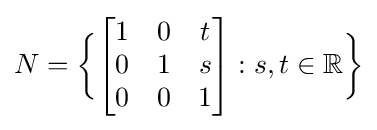
N={\bigg \{}{\begin{bmatrix}1&0&t\\0&1&s\\0&0&1\end{bmatrix}}:s,t\in \mathbb {R} {\bigg \}}